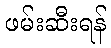
ဖမ်းဆီးရန်